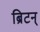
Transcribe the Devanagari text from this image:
ब्रिटन्